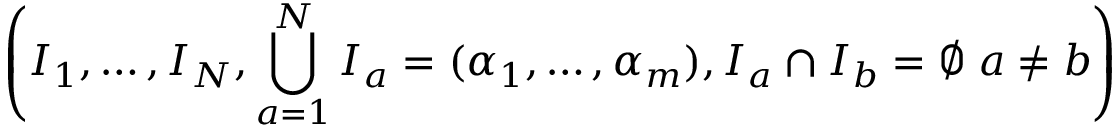
\left( I _ { 1 } , \ldots , I _ { N } , \bigcup _ { a = 1 } ^ { N } I _ { a } = ( \alpha _ { 1 } , \ldots , \alpha _ { m } ) , I _ { a } \cap I _ { b } = \emptyset \; a \neq b \right)